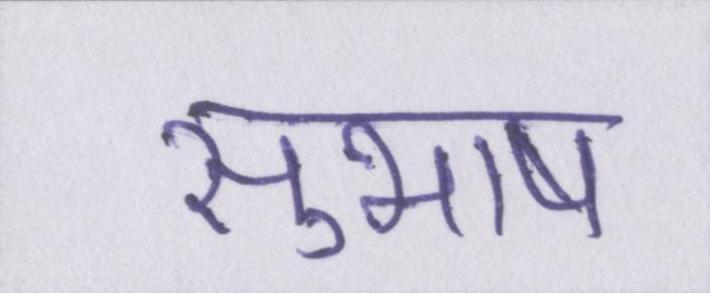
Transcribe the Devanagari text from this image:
सुभाष